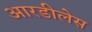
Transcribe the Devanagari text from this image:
आरडीलेस